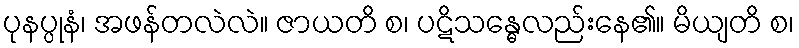
ပုနပ္ပုနံ၊ အဖန်တလဲလဲ။ ဇာယတိ စ၊ ပဋိသန္ဓေလည်းနေ၏။ မိယျတိ စ၊